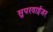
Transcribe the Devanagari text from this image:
सुपरवाईजर